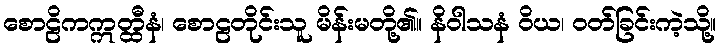
စောဠိကဣတ္ထီနံ၊ စောဠတိုင်းသူ မိန်းမတို့၏။ နိဝါသနံ ဝိယ၊ ဝတ်ခြင်းကဲ့သို့။